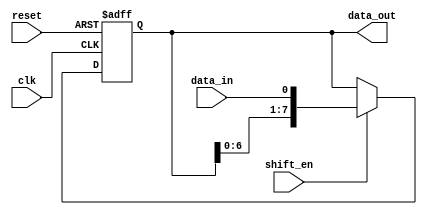
module linear_shift_register (
    input wire clk,          // Clock input
    input wire reset,        // Reset input
    input wire shift_en,     // Shift enable input
    input wire data_in,      // Input data
    output reg [7:0] data_out // Output data, assuming 8-bit shift register
);

// Register to store the shift register data
reg [7:0] shift_reg;

always @(posedge clk or posedge reset) begin
    if (reset) begin
        // Reset the shift register
        shift_reg <= 8'b00000000;
    end else if (shift_en) begin
        // Shift the register
        shift_reg <= {shift_reg[6:0], data_in};
    end
end

// Assign the output
assign data_out = shift_reg;

endmodule